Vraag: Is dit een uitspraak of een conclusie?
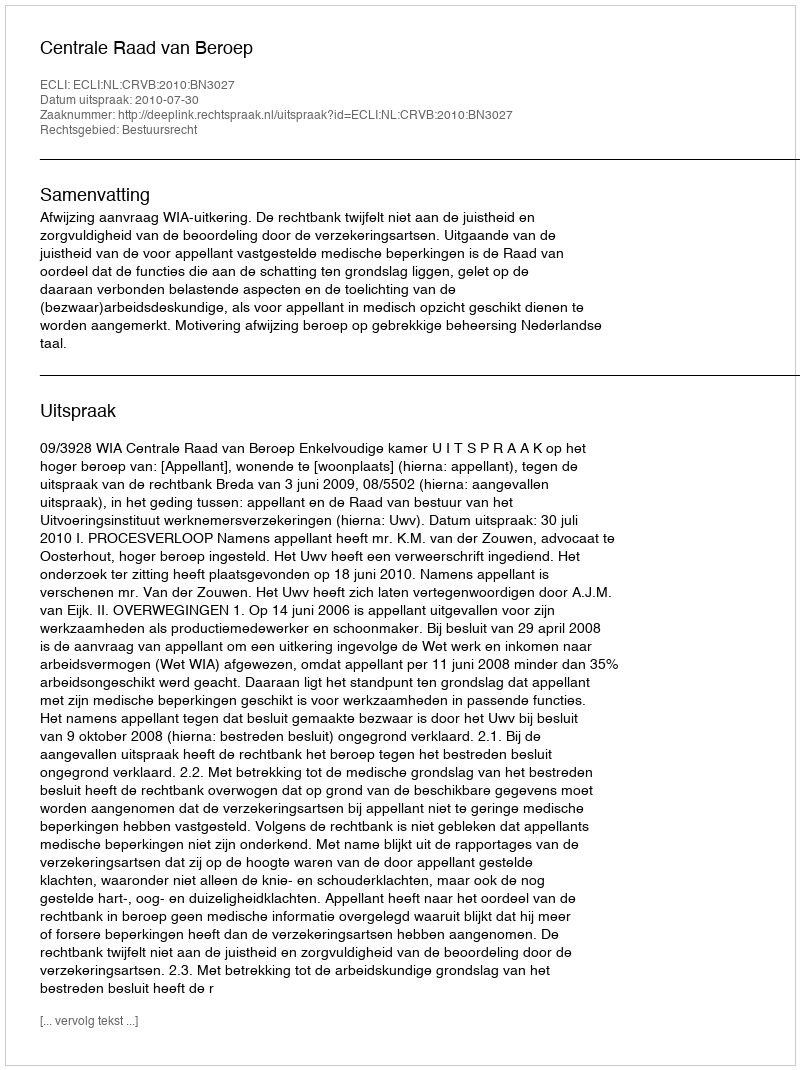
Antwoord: Uitspraak